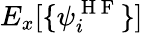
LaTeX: E_{x}[\{ \psi_{i}^{\mathrm{~H~F~}}\} ]